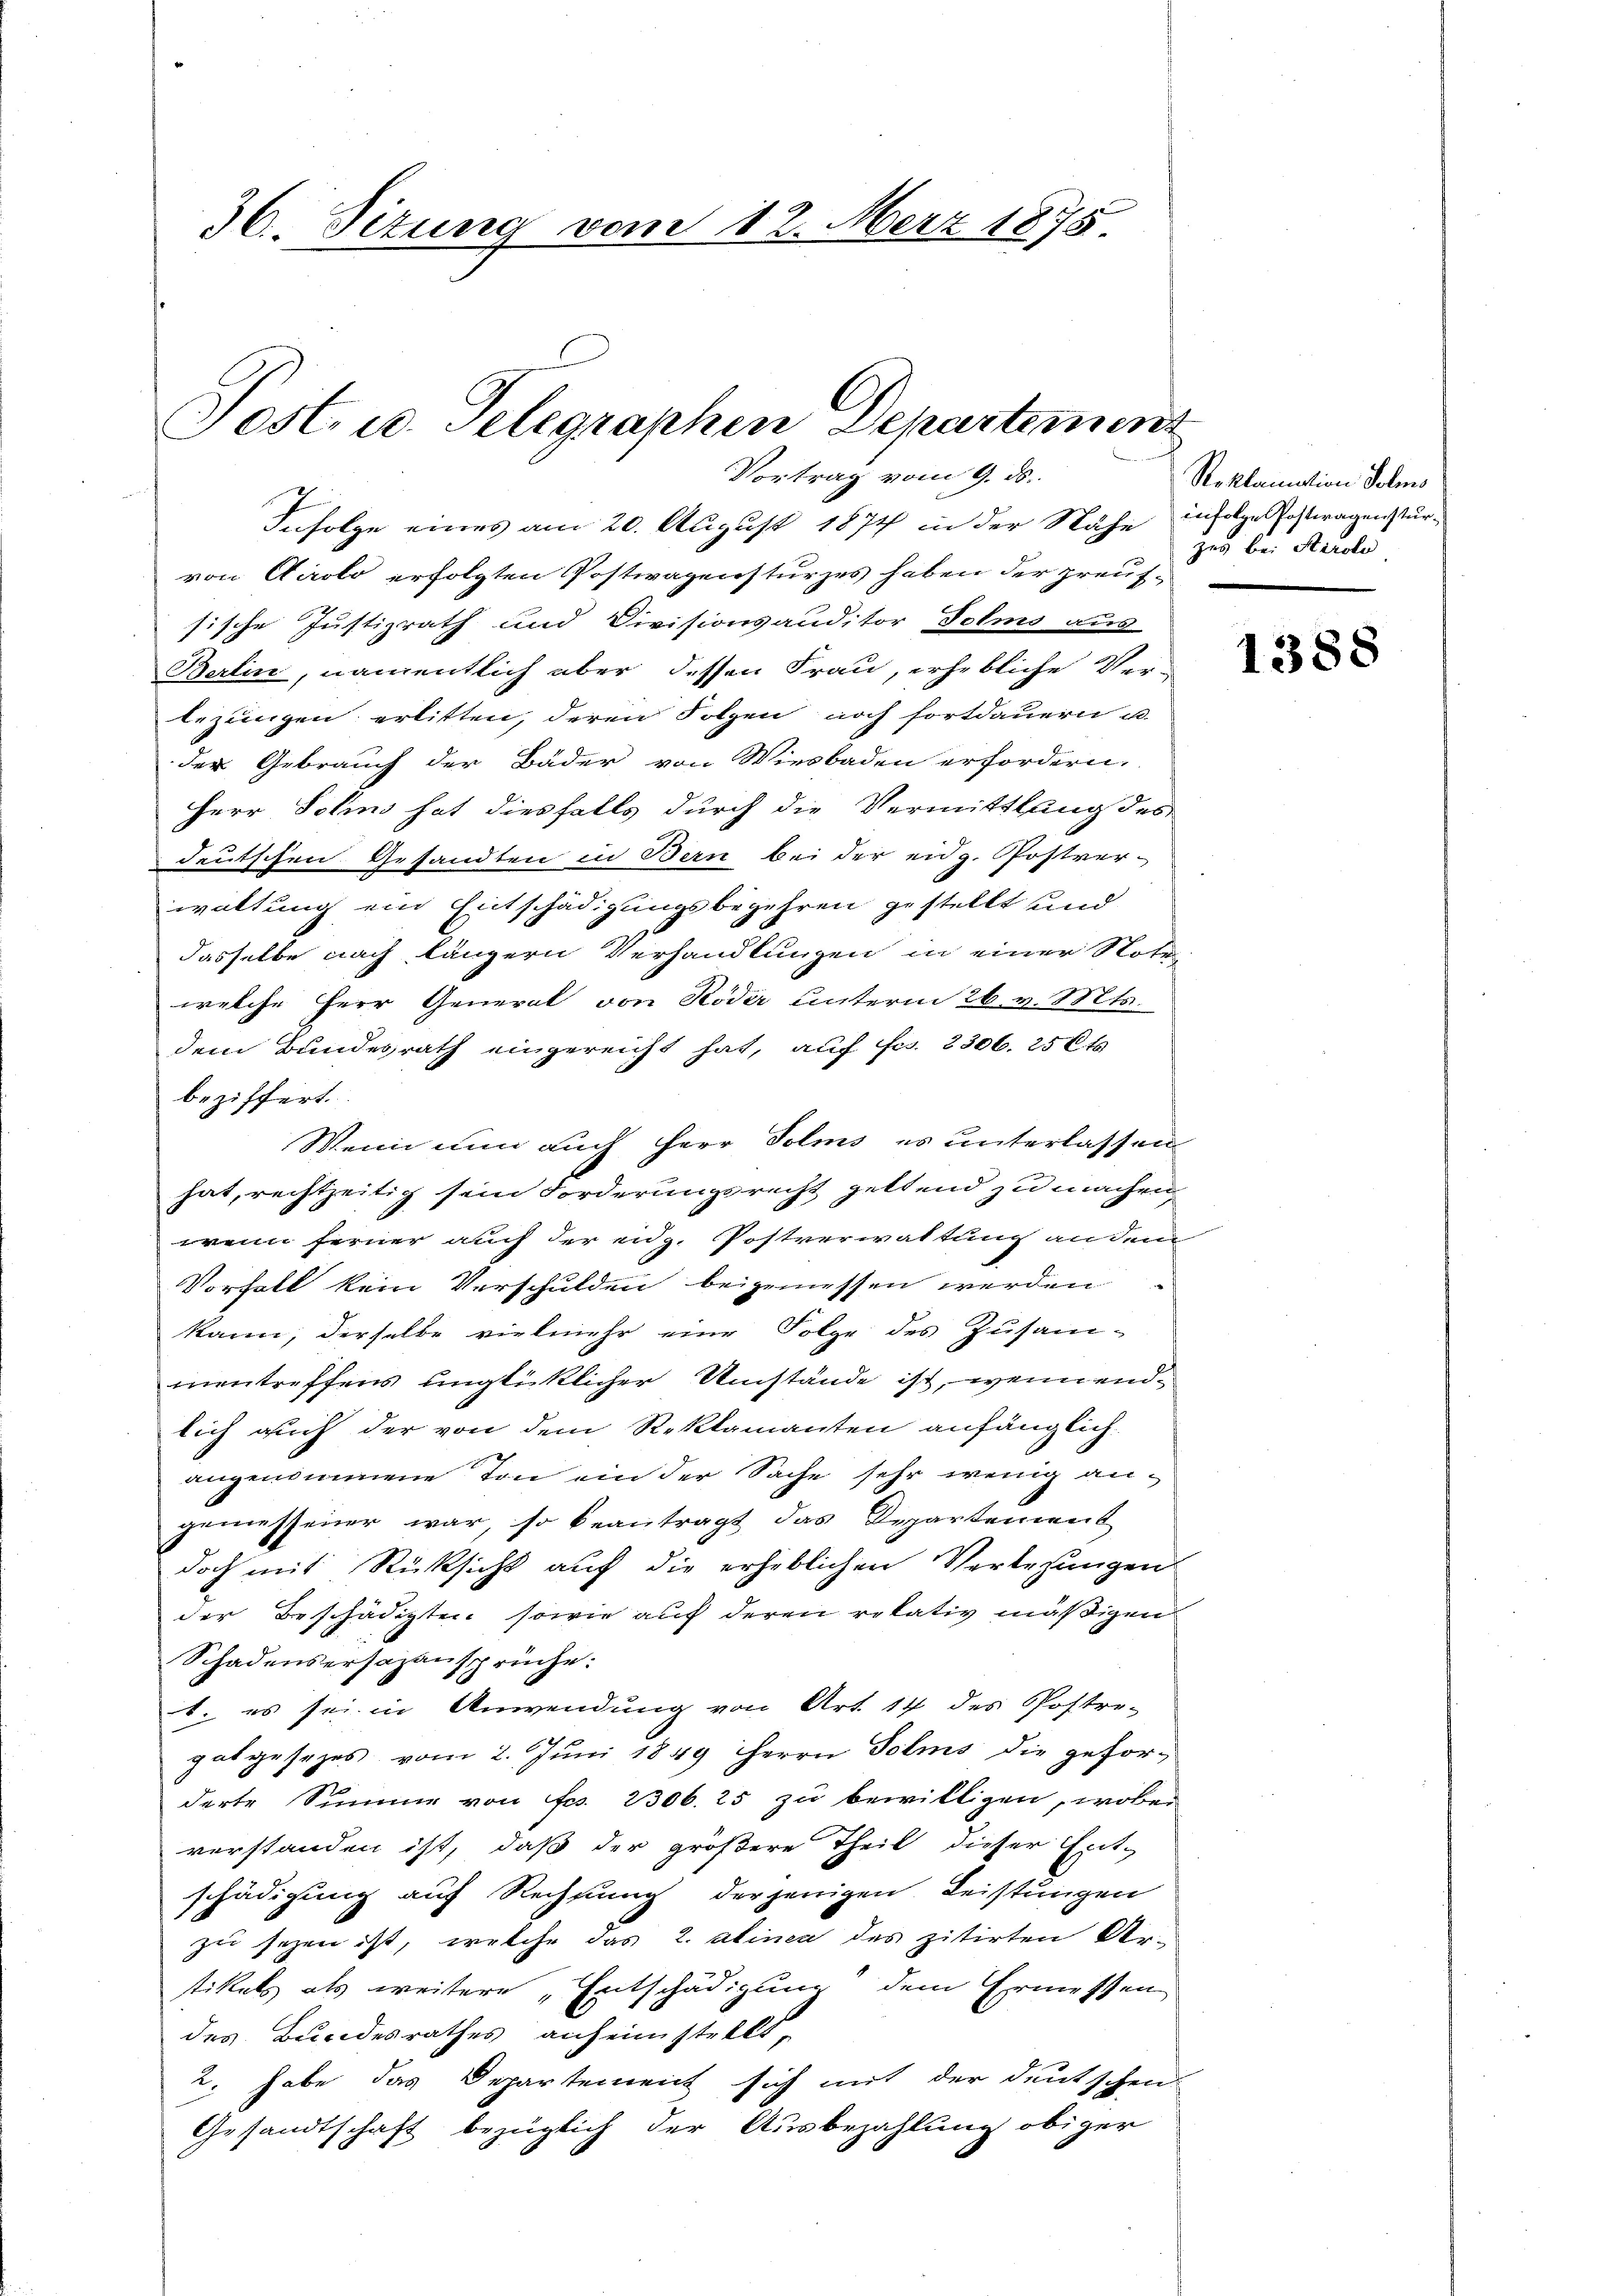
36. Situng vom 12. März 1875

Post u. Telegraphen Departement
Vortrag vom 9. ds.

Infolge eines am 20. August 1874 in der Nähe infolge ostragensturvon Airolo erfolgten Postwagensturzes haben der preufsische Justizrath und Divisionsauditor Folms aus
Berlin, namentlich aber dessen Frau, erhebliche Ver-
lezungen erlitten, deren Folgen noch fortdauern u.
der Gebrauch der Bäder von Wiesbaden erfordern.
Herr Sohns hat diesfalls durch die Vermittlung des
deutschen Gesandten in Bern bei der eidg. Postver-
waltung ein Entschädigungsbegehren gestellt und
dasselbe nach längern Verhandlungen in einer Noter
welche Herr General von Röder unterm 26. v. Mts.
dem Bundesrath eingereicht hat, auf Fr. 2306. 256 t
beziffert.
Wenn nun auch Herr Solms er unterlassen
hat, rechtzeitig sein Forderungsrecht geltend zu machen,
wenn ferner auch der eidg. Postverwaltung an dem
Vorfall kein Verschulden beigemessen werden
kann, derselbe vielmehr eine Folge des Zusam-
mentreffens unglücklicher Umstände ist, wenn endlich auch der von dem Reklamanten anfänglich
angenommene Ton ein der Sache sehr wenig angemessener war, so beantragt das Departement
doch mit Rücksicht auf die erheblichen Verlesungen
der Beschädigten sowie auf deren retativ mäßigen
Schadensersazansprüche:
1. es sei in Anwendung von Art. 14 des Postre-
gatgesezes vom 2. Juni 1849 Herrn Solms die geforderte Summe von Fr. 2306. 25 zu bewilligen, wobei
verstanden ist, daß der größere Theil dieser Ent-
schädigung auf Rechnung derjenigen Leistungen
zu sezen ist, welche das 2. Alinea des zitirten Artikels als weitere Entschädigung dem Ermessen
des Bundesrathes anheimstellt,
2. habe das Departement sich mit der deutschen
Gesandtschaft bezüglich der Ausbezahlung obiger

Reklamation Sohns
zug bei Karoli

1388